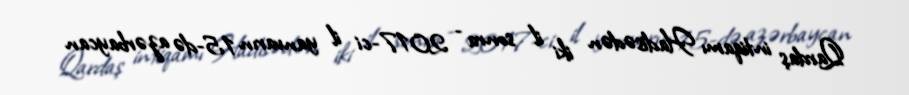
Qardaş intiqamı Hadisədən iki il sonra - 2017-ci il yanvarın 15-də azərbaycan